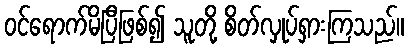
ဝင်ရောက်မိပြီဖြစ်၍ သူတို့ စိတ်လှုပ်ရှားကြသည်။